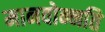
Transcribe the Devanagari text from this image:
मानवोन्नति